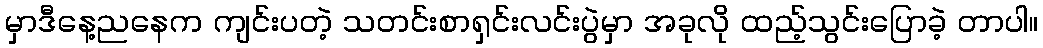
မှာဒီနေ့ညနေက ကျင်းပတဲ့ သတင်းစာရှင်းလင်းပွဲမှာ အခုလို ထည့်သွင်းပြောခဲ့ တာပါ။